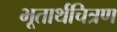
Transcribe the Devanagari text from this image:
भूतार्थचित्रण